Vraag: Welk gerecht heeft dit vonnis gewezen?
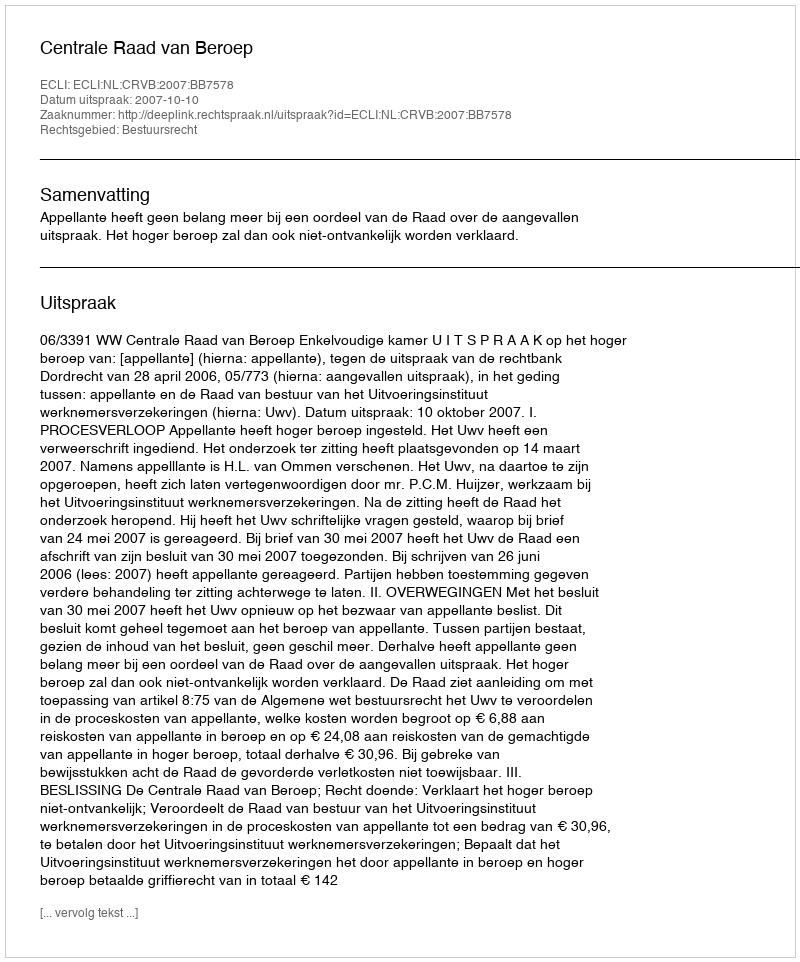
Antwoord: Centrale Raad van Beroep